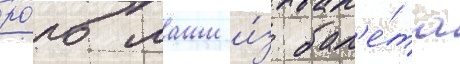
ро́ль маши и́з бал'е́та